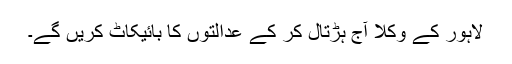
لاہور کے وکلا آج ہڑتال کر کے عدالتوں کا بائیکاٹ کریں گے۔